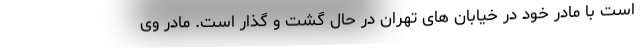
است با مادر خود در خیابان های تهران در حال گشت و گذار است. مادر وی